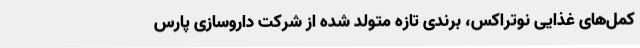
کمل‌های غذایی نوتراکس، برندی تازه متولد شده از شرکت داروسازی پارس